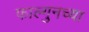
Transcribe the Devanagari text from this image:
फाल्गुनच्या